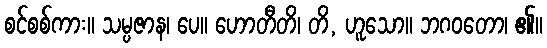
စင်စစ်ကား။ သမ္ပဇာန၊ ပေ။ ဟောတီတိ၊ တိ, ဟူသော။ ဘဂဝတော၊ ၏။